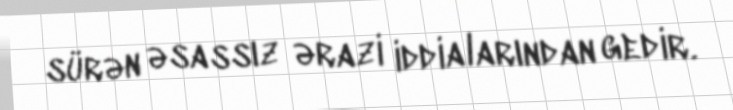
sürən əsassız ərazi iddialarından gedir.